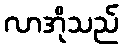
လာအိုသည်